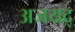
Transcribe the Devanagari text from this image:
अजयद्